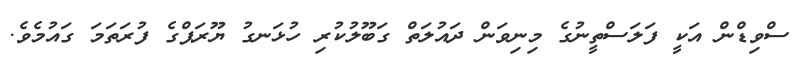
ސްވިޑްން އަކީ ފަލަސްތީނުގެ މިނިވަން ދައުލަތް ގަބޫލުކުރި ހުޅަނގު ޔޫރަޕްގެ ފުރަތަމަ ގައުމެވެ.